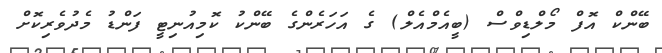
ބޭންކް އޮފް މޯލްޑިވްސް (ބީއެމްއެލް) ގެ އަހަރެންގެ ބޭންކު ކޮމިއުނިޓީ ފަންޑު މެދުވެރިކޮށް